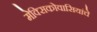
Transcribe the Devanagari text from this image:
मेक्सिकोवासियांचे